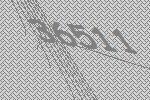
36511